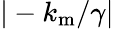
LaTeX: |-k_{\mathrm{m}}/\gamma|